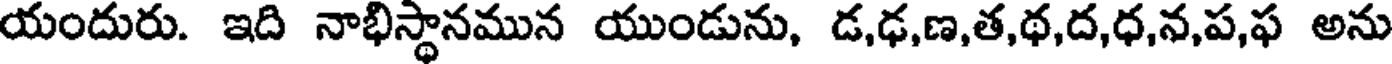
యందురు. ఇది నాభిస్థానమున యుండును, డ,ఢ,ణ,త,థ,ద,ధ,న,ప,ఫ అను